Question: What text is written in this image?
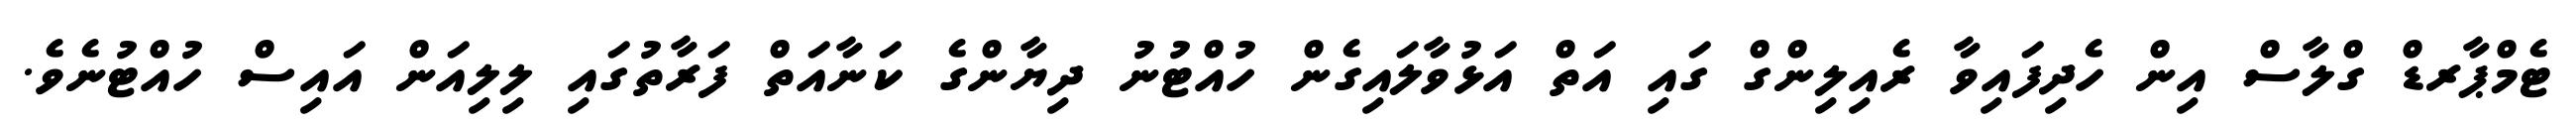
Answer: ޓެމްޕާރޑް ގްލާސް އިން ހެދިފައިވާ ރެއިލިންގް ގައި އަތް އަޅުވާލައިގެން ހުއްޓުނު ދިޔާންގެ ކަނާއަތް ފަރާތުގައި ލިލިއަން އައިސް ހުއްޓުނެވެ.